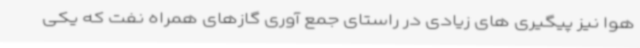
هوا نیز پیگیری های زیادی در راستای جمع آوری گازهای همراه نفت که یکی